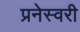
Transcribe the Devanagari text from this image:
प्रनेस्वरी